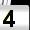
Digit: 4